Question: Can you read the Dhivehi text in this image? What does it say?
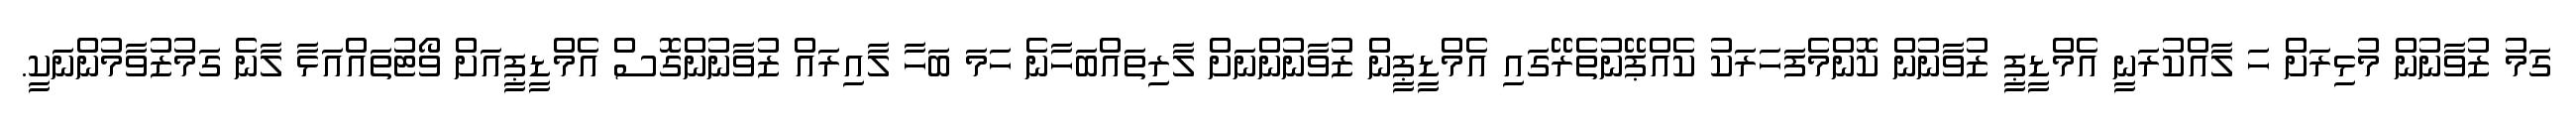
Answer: ގަމު ޒުވާނުން މުޅިރަށް ހަ ލާއްކުރަނީ އެމްޑީޕީ ޒުވާނުން ކޮންމެފަހަރަކު ކެއްޕޭނުތެރޭގައި އެމްޑީޕީން ޒުވާނުންނަށް ލާރިތައްބަހާނެ ހަމަ ބަހާ ލާއިރައް ޒުވާނުންގޮސް އެމްޑީޕީއަށް ވޯޓުތައްއަޅާ ލާނެ ގަމުޒުވާމުންނަކީ.